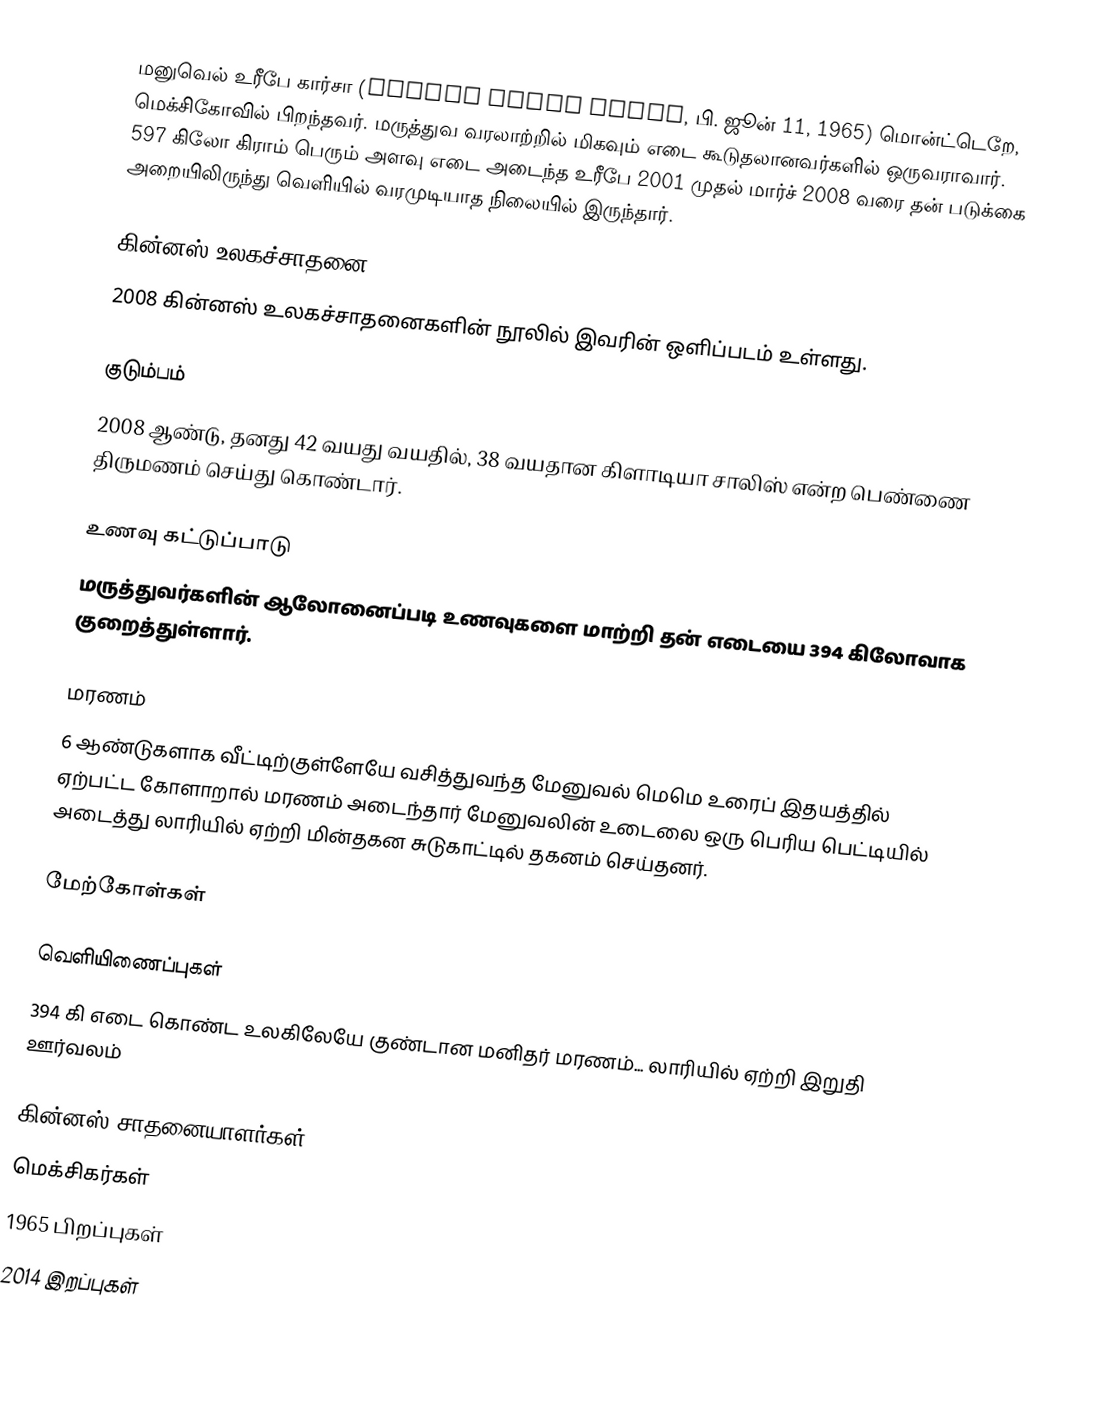
மனுவெல் உரீபே கார்சா (Manuel Uribe Garza, பி. ஜூன் 11, 1965) மொன்ட்டெறே, மெக்சிகோவில் பிறந்தவர். மருத்துவ வரலாற்றில் மிகவும் எடை கூடுதலானவர்களில் ஒருவராவார். 597 கிலோ கிராம் பெரும் அளவு எடை அடைந்த உரீபே 2001 முதல் மார்ச் 2008 வரை தன் படுக்கை அறையிலிருந்து வெளியில் வரமுடியாத நிலையில் இருந்தார்.

கின்னஸ் உலகச்சாதனை
2008 கின்னஸ் உலகச்சாதனைகளின் நூலில் இவரின் ஒளிப்படம்  உள்ளது.

குடும்பம்
2008 ஆண்டு, தனது 42 வயது வயதில், 38 வயதான கிளாடியா சாலிஸ் என்ற பெண்ணை  திருமணம் செய்து கொண்டார்.

உணவு கட்டுப்பாடு
மருத்துவர்களின் ஆலோனைப்படி உணவுகளை மாற்றி தன் எடையை 394 கிலோவாக குறைத்துள்ளார்.

மரணம்
6 ஆண்டுகளாக வீட்டிற்குள்ளேயே வசித்துவந்த மேனுவல் மெமெ உரைப் இதயத்தில் ஏற்பட்ட கோளாறால் மரணம் அடைந்தார் மேனுவலின் உடைலை ஒரு பெரிய பெட்டியில் அடைத்து லாரியில் ஏற்றி மின்தகன சுடுகாட்டில் தகனம் செய்தனர்.

மேற்கோள்கள்

வெளியிணைப்புகள்
394 கி எடை கொண்ட உலகிலேயே குண்டான மனிதர் மரணம்... லாரியில் ஏற்றி இறுதி ஊர்வலம்

கின்னஸ் சாதனையாளர்கள்
மெக்சிகர்கள்
1965 பிறப்புகள்
2014 இறப்புகள்